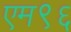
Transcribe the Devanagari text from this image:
एम९६